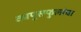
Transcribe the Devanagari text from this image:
कापूसफुलांचा